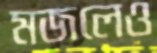
মজলেও